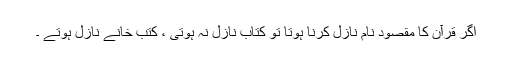
اگر قرآن کا مقصود نام نازل کرنا ہوتا تو کتاب نازل نہ ہوتی ، کتب خانے نازل ہوتے ۔